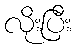
လိုးပြီး